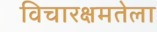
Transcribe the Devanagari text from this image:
विचारक्षमतेला